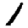
Digit: 1